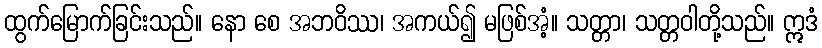
ထွက်မြောက်ခြင်းသည်။ နော စေ အဘဝိဿ၊ အကယ်၍ မဖြစ်အံ့။ သတ္တာ၊ သတ္တဝါတို့သည်။ ဣဒံ